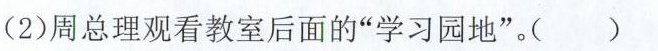
(2)周总理观看教室后面的”学习园地”。(